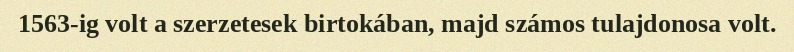
1563-ig volt a szerzetesek birtokában, majd számos tulajdonosa volt.